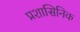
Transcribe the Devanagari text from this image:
प्रशासिनिक